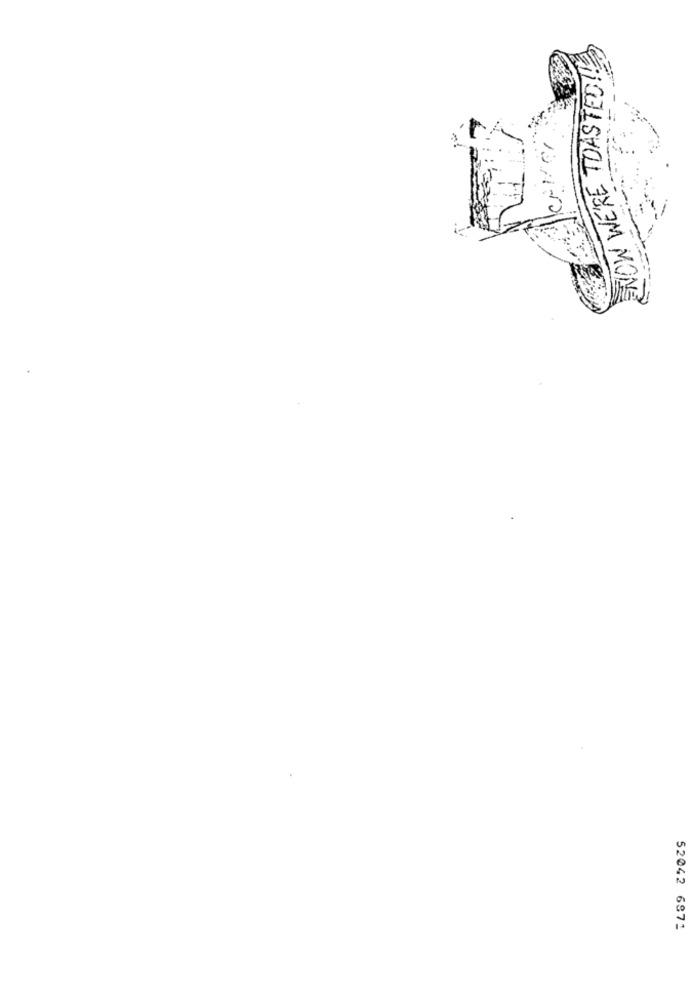
NOW WE'RE TOASTED!
ESTAR
52042 6871